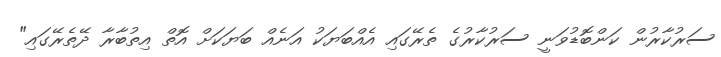
ސަރުކާރުން ކަންބޮޑުވަނީ ސަރުކާރުގެ ތެރޭގައި އެއްބަޔަކު އަނެއް ބަޔަކަށް އޮތް އިތުބާރާ ދޭތެރޭގައި"